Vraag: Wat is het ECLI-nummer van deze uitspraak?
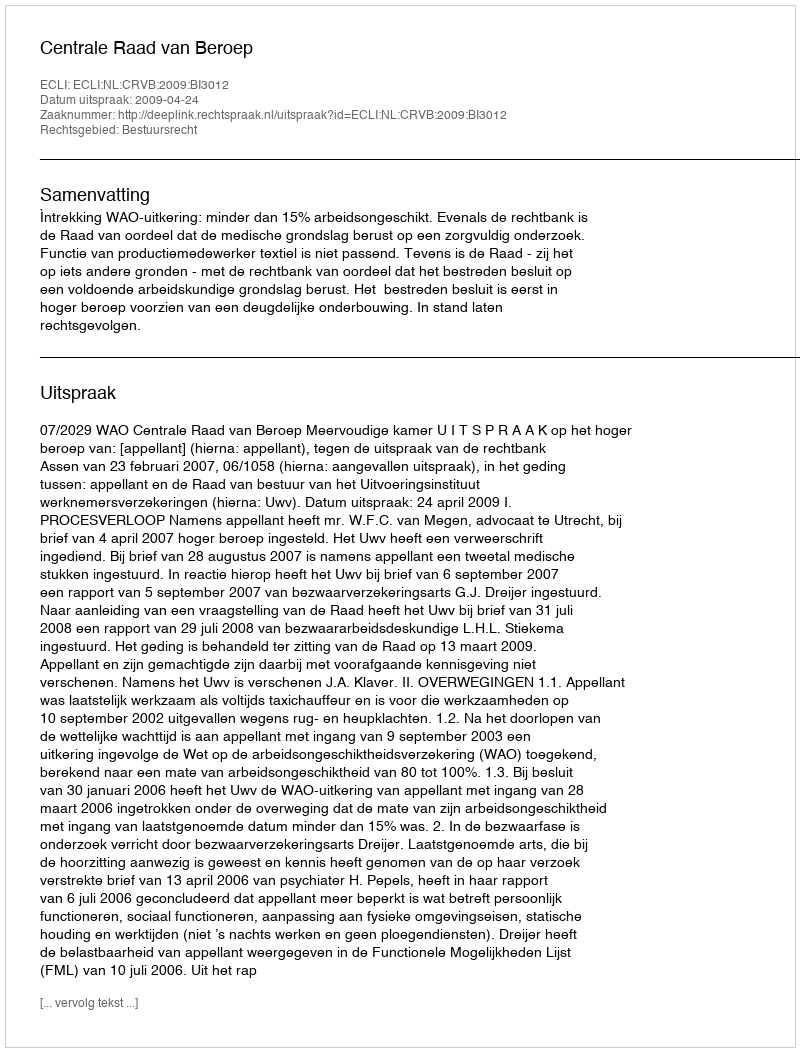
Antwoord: ECLI:NL:CRVB:2009:BI3012